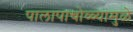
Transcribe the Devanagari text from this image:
पालापाचोळ्यामुळे